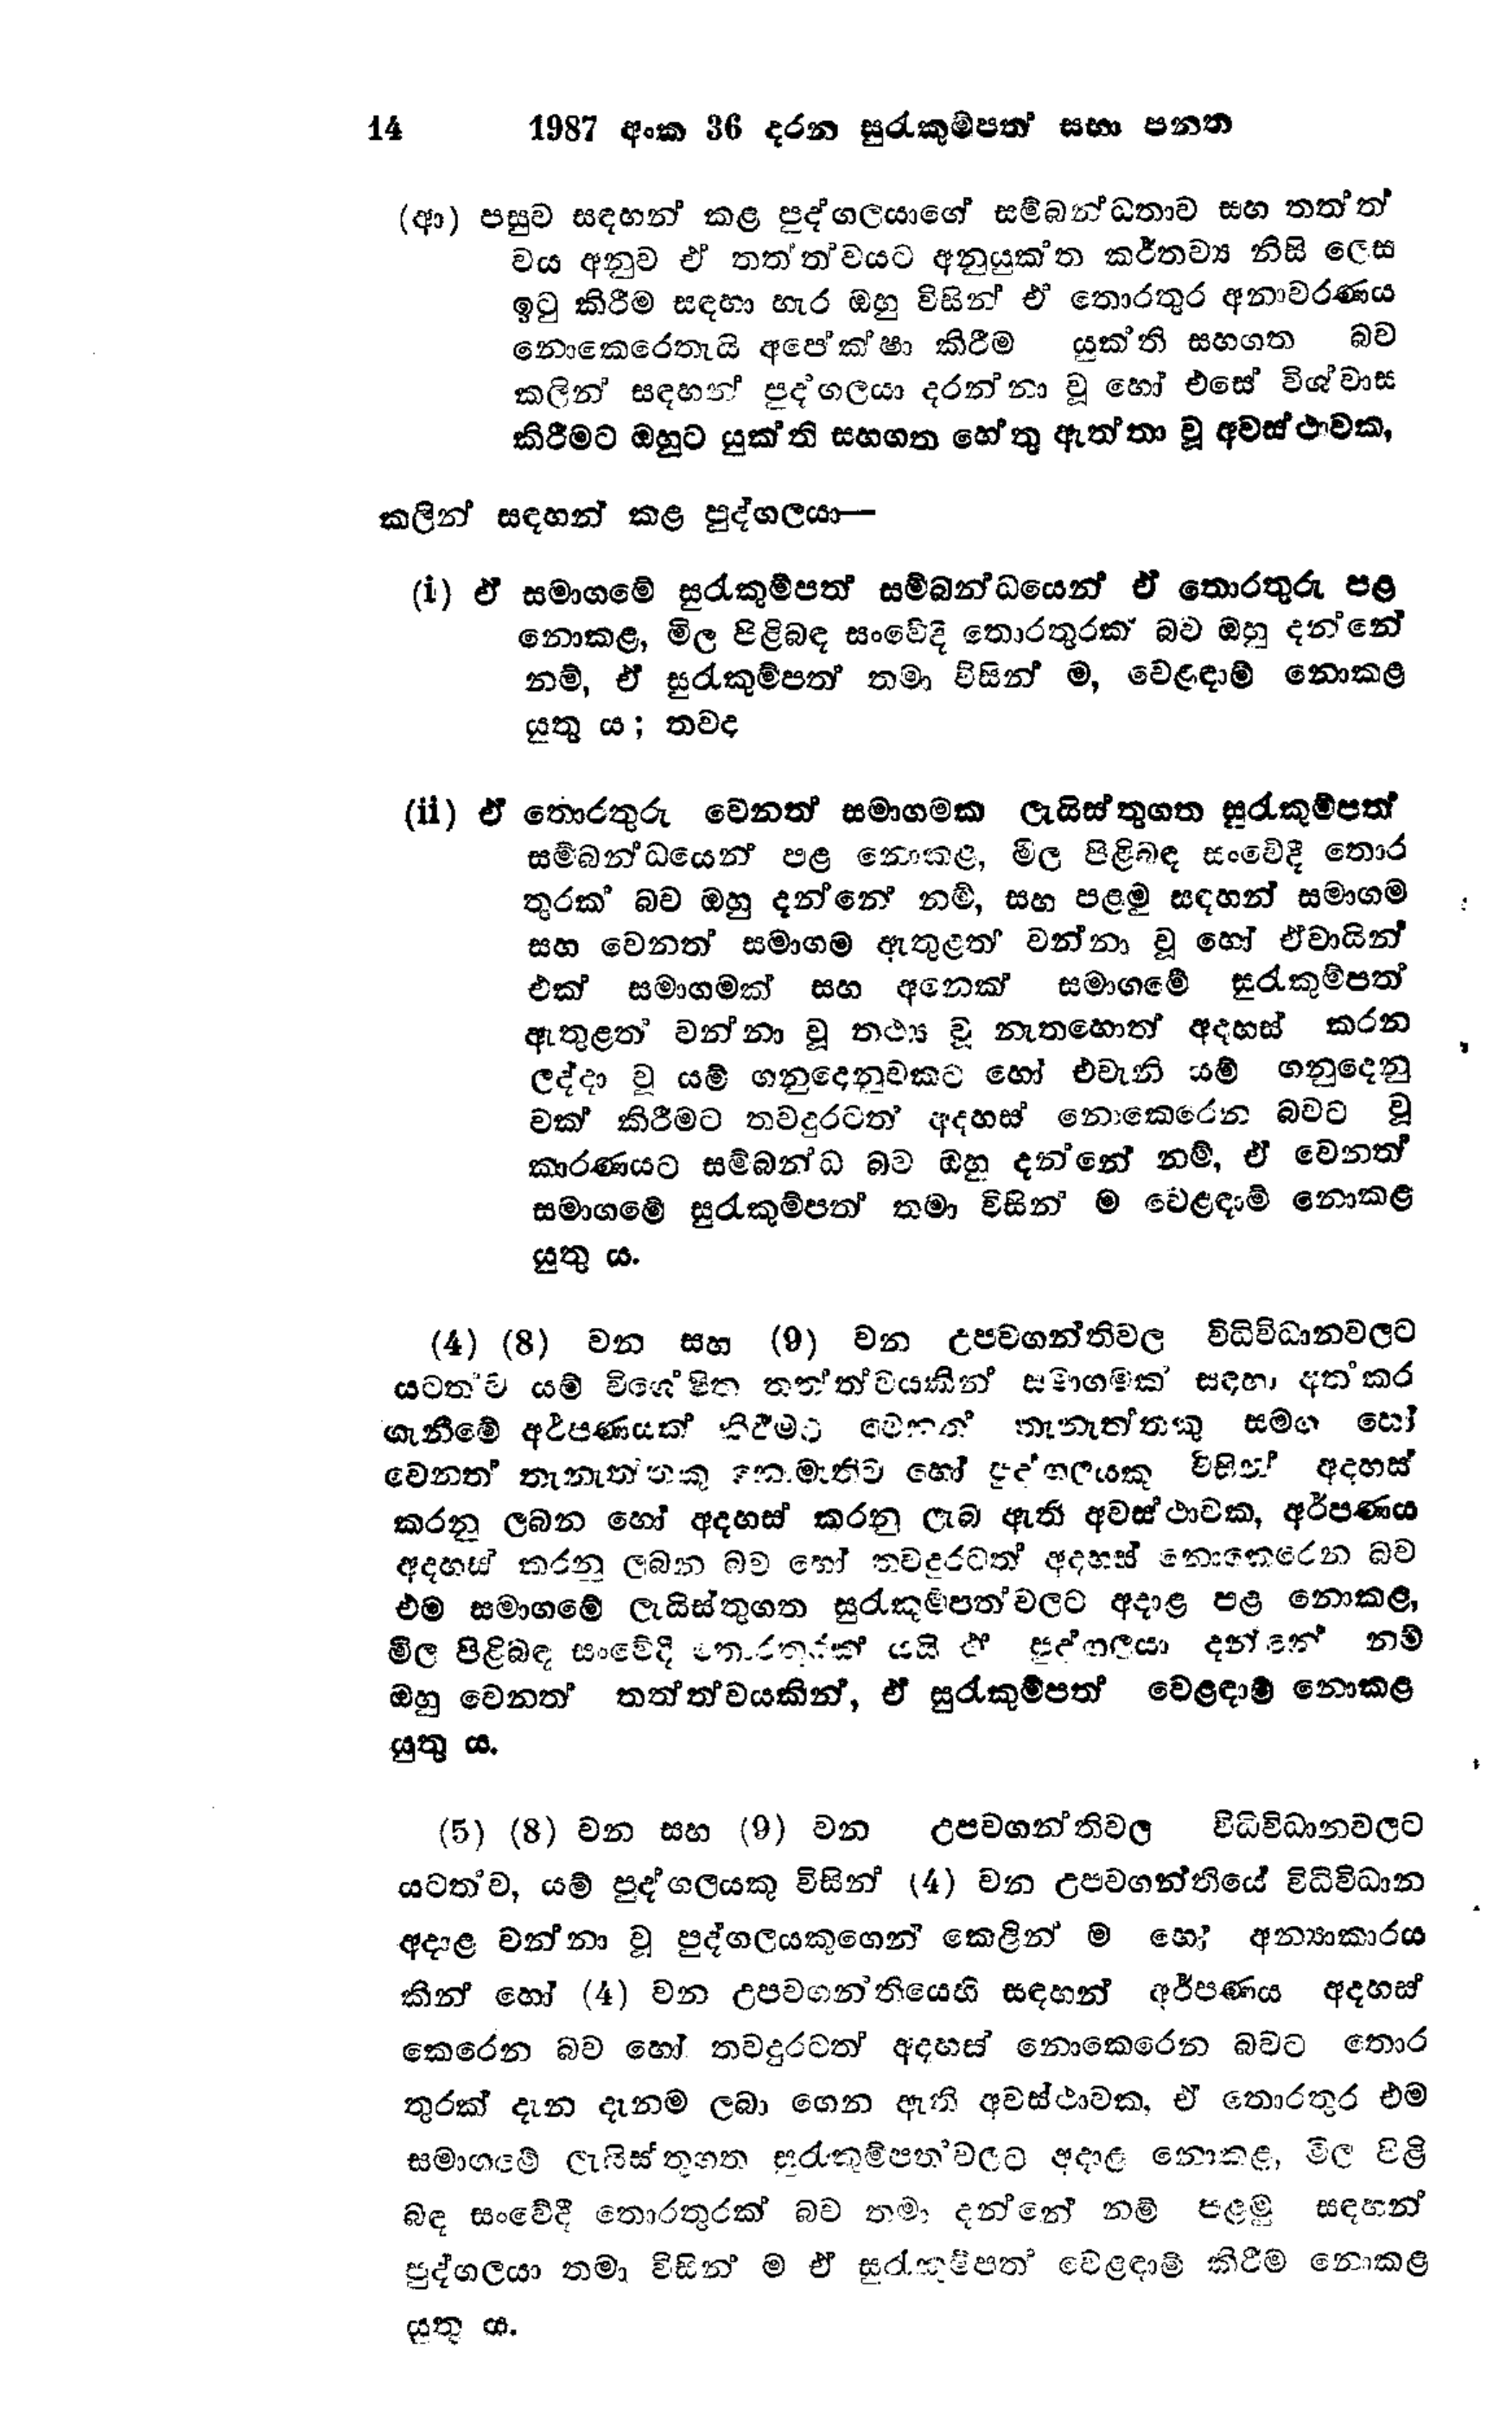
14 1987 අංක 36 දරන සුරැකුම්පත් සභා පනත

(ආ) පසුව සඳහන් කළ පුද්ගලයාගේ සම්බන්ධතාව සහ තත්ත්
වය අනුව ඒ තත්ත්වයට අනුයුක්ත කර්තව්‍ය නිසි ලෙස
ඉටු කිරීම සඳහා හැර ඔහු විසින් ඒ තොරතුරු අනාවරණය
නොකෙරෙතැයි අපේක්ෂා කිරීම යුක්ති සහගත බව
කලින් සඳහන් පුද්ගලයා දරන්නා වූ හෝ එසේ විශ්වාස
කිරීමට ඔහුට යුක්ති සහගත හේතු ඇත්තා වූ අවස්ථාවක,

කලින් සඳහන් කළ පුද්ගලයා—

(i) ඒ සමාගමේ සුරැකුම්පත් සම්බන්ධයෙන් ඒ තොරතුරු පළ
නොකළ, මිල පිළිබඳ සංවේදී තොරතුරක බව ඔහු දන්නේ
නම්, ඒ සුරැකුම්පත් තමා විසින් ම, වෙළඳාම් නොකළ
යුතු ය; තවද

(ii) ඒ තොරතුරු වෙනත් සමාගමක ලැයිස්තුගත සුරැකුම්පත්
සම්බන්ධයෙන් පළ නොකළ, මිල පිළිබඳ සංවේදී තොර
තුරක් බව ඔහු දන්නේ නම්, සහ පළමු සඳහන් සමාගම
සහ වෙනත් සමාගම ඇතුළත් වන්නා වූ හෝ ඒවායින්
එක් සමාගමක් සහ අනෙක් සමාගමේ සුරැකුම්පත්
ඇතුළත් වන්නා වූ තථ්‍ය වූ නැතහොත් අදහස් කරන
ලද්දා වූ යම් ගනුදෙනුවකට හෝ එවැනි යම් ගනුදෙනු
වක් කිරීමට තවදුරටත් අදහස් නොකෙරෙන බවට වූ
කාරණයට සම්බන්ධ බව ඔහු දන්නේ නම්, ඒ වෙනත්
සමාගමේ සුරැකුම්පත් තමා විසින් ම වෙළඳාම් නොකළ
යුතු ය.

(4) (8) වන සහ (9) වන උපවගන්ති වල විධිවිධානවලට
යටත් ව යම් විශේෂිත තත්ත්වයකින් සමාගමක් සඳහා අත්කර
ගැනීමේ අර්පණයක් කිරීමට වෙනත් තැනැත්තකු සමග හෝ
වෙනත් තැනැත්තෙකු නොමැතිව හෝ පුද්ගලයකු විසින් අදහස්
කරනු ලබන හෝ අදහස් කරනු ලැබ ඇති අවස්ථාවක, අර්පණය
අදහස් කරනු ලබන බව හෝ තවදුරටත් අදහස් නොකෙරෙන බව
එම සමාගමේ ලැයිස්තුගත සුරැකුම්පත් වලට අදාළ පළ නොකළ,
මිල පිළිබඳ සංවේදී තොරතුරක් යයි ඒ පුද්ගලයා දන්නේ නම්
ඔහු වෙනත් තත්ත්වයකින්, ඒ සුරැකුම්පත් වෙළඳාම් නොකළ
යුතු ය.

(5) (8) වන සහ (9) වන උපවගන්ති වල විධිවිධානවලට
යටත්ව, යම් පුද්ගලයකු විසින් (4) වන උපවගන්තියේ විධිවිධාන
අදාළ වන්නා වූ පුද්ගලයකුගෙන් කෙළින්ම හෝ අන්‍යාකාරය
කින් හෝ (4) වන උපවගන්තියෙහි සඳහන් අර්පණය අදහස්
කෙරෙන බව හෝ තවදුරටත් අදහස් නොකෙරෙන බවට තොර
තුරක් දැන දැනම ලබා ගෙන ඇති අවස්ථාවක, ඒ තොරතුර එම
සමාගමේ ලැයිස්තුගත සුරැකුම්පත්වලට අදාළ නොකළ, මිල පිළි
බඳ සංවේදී තොරතුරක් බව තමා දන්නේ නම් පළමු සඳහන්
පුද්ගලයා තමා විසින් ම ඒ සුරැකුම්පත් වෙළඳාමි කිරීම නොකළ
යුතු ය.